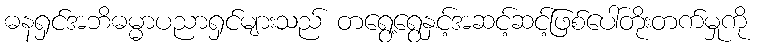
ဓနရှင်အဘိဓမ္မာပညာရှင်များသည် တရွေ့ရွေနှင့်အဆင့်ဆင့်ဖြစ်ပေါ်တိုးတက်မှုကို